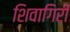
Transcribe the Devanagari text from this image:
शिवागिरी